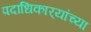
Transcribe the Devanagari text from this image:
पदाधिकार्‍यांच्या